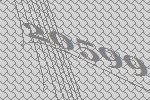
20599